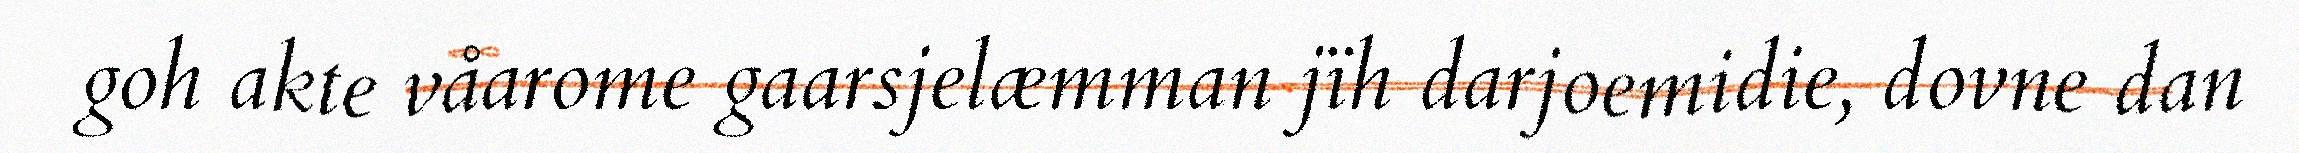
goh akte våarome gaarsjelæmman jïh darjoemidie, dovne dan